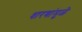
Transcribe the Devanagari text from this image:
धारणांमुळे